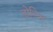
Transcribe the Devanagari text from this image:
डोडिच